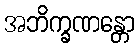
အဘိက္ခဏန္တော